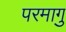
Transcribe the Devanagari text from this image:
परमागु